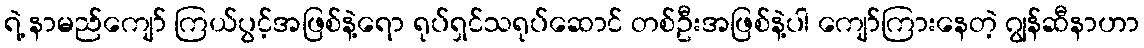
ရဲ့ နာမည်ကျော် ကြယ်ပွင့်အဖြစ်နဲ့ရော ရုပ်ရှင်သရုပ်ဆောင် တစ်ဦးအဖြစ်နဲ့ပါ ကျော်ကြားနေတဲ့ ဂျွန်ဆီနာဟာ